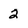
Character: 2